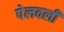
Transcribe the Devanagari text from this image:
पेलवली